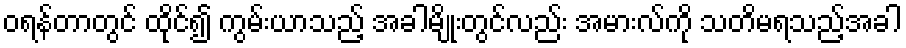
ဝရန်တာတွင် ထိုင်၍ ကွမ်းယာသည့် အခါမျိုးတွင်လည်း အမားလ်ကို သတိမရသည့်အခါ